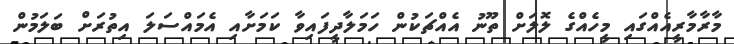
މާރާމާރީއެއްގައި މީހެއްގެ ލޮލަށް ތޫނު އެއްޗަކުން ހަމަލާދީފައިވާ ކަމަށާއި އެމައްސަލަ އިތުރަށް ބަލަމުން